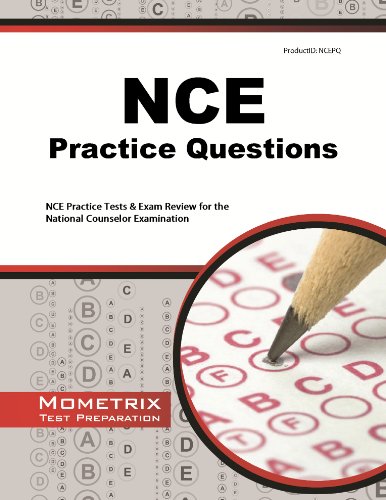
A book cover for NCE Practice Questions: NCE Practice Tests & Exam Review for the National Counselor Examination; NCE Exam Secrets Test Prep Team; Test Preparation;